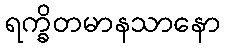
ရက္ခိတမာနသာနော